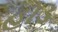
હોડ